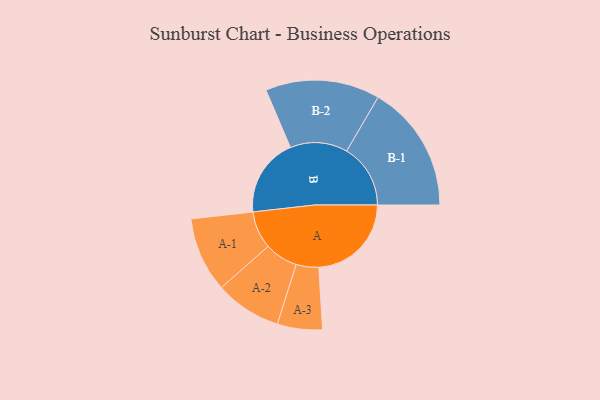
{"axis": {"x": "Segment", "y": "Value"}, "legend": ["", "A", "B"], "data": [{"x": "A", "y": 432, "type": ""}, {"x": "B", "y": 366, "type": ""}, {"x": "A-1", "y": 175, "type": "A"}, {"x": "A-2", "y": 155, "type": "A"}, {"x": "A-3", "y": 105, "type": "A"}, {"x": "B-1", "y": 298, "type": "B"}, {"x": "B-2", "y": 267, "type": "B"}]}